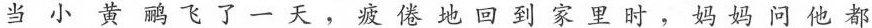
当小黄鹂飞了一天，疲倦地回到家里时，妈妈问他都